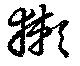
獺